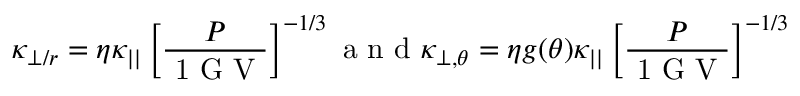
\kappa _ { \perp / r } = \eta \kappa _ { | | } \left[ \frac { P } { \mathrm { ~ 1 ~ G ~ V ~ } } \right] ^ { - 1 / 3 } \mathrm { ~ a ~ n ~ d ~ } \kappa _ { \perp , \theta } = \eta g ( \theta ) \kappa _ { | | } \left[ \frac { P } { \mathrm { ~ 1 ~ G ~ V ~ } } \right] ^ { - 1 / 3 }